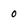
Character: 0